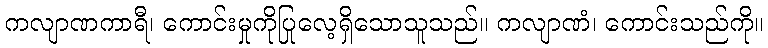
ကလျာဏကာရီ၊ ကောင်းမှုကိုပြုလေ့ရှိသောသူသည်။ ကလျာဏံ၊ ကောင်းသည်ကို။